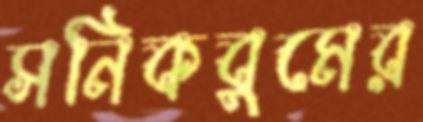
সনিকবুমের